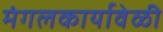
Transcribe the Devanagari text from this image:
मंगलकार्यावेळी